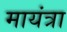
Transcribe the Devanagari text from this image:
मायंत्रा